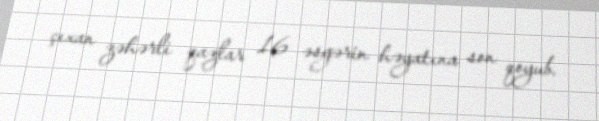
çıxan zəhərli qazlar 16 əsgərin həyatına son qoyub.